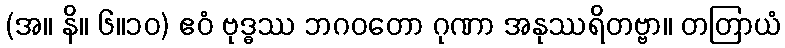
(အ။ နိ။ ၆။၁၀) ဧဝံ ဗုဒ္ဓဿ ဘဂဝတော ဂုဏာ အနုဿရိတဗ္ဗာ။ တတြာယံ